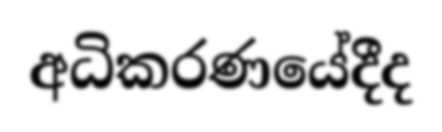
අධිකරණයේදීද